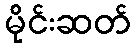
မိုင်းဆတ်